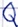
Text: Q